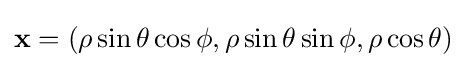
\mathbf {x} =(\rho \sin \theta \cos \phi ,\rho \sin \theta \sin \phi ,\rho \cos \theta )